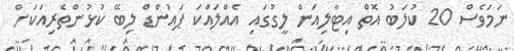
ނަމަވެސް 20 ކުލަބު އޮތް އިޓާލިއަން ލީގުގައި އެއްލައްކަ ޕައުންޑް ލިބޭ ކުޅުންތެރިއަކަށް